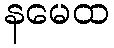
နမေထ